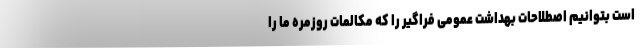
است بتوانیم اصطلاحات بهداشت عمومی فراگیر را که مکالمات روزمره ما را